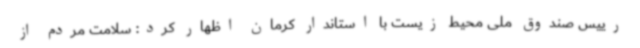
رییس صندوق ملی محیط زیست با استاندار کرمان اظهار کرد: سلامت مردم از